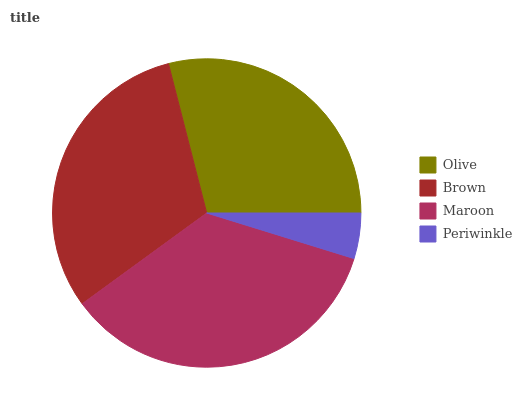
| Olive | Brown | Maroon | Periwinkle |
 | --- | --- | --- | --- |
 | 29% | 31.1% | 35.2% | 4.78% |